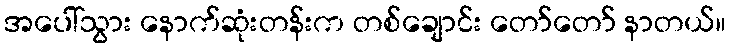
အပေါ်သွား နောက်ဆုံးတန်းက တစ်ချောင်း တော်တော် နာတယ်။